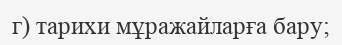
г) тарихи мұражайларға бару;